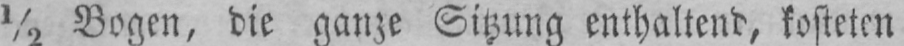
½ Bogen, die ganze Sitzung enthaltend, kosteten